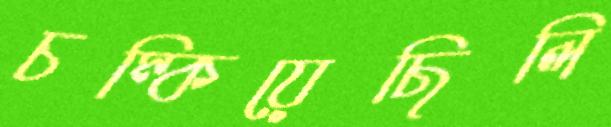
চম্‌কিয়েছিলি